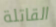
القاتلة